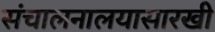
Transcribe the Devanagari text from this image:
संचालनालयासारखी